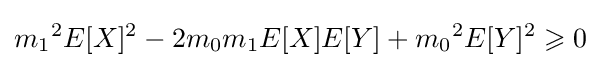
{m_{1}}^{2}{E[X]^{2}}-2m_{0}m_{1}E[X]E[Y]+{m_{0}}^{2}{E[Y]^{2}}\geqslant 0